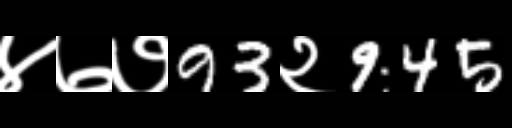
Text: ४७७93२945